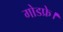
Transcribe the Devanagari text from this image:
गोडफ्रे।